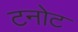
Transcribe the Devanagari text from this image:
टनोट